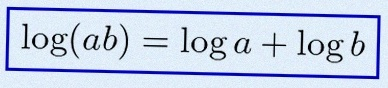
\log(ab)=\log a+\log b